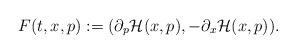
\begin{align*}F(t,x,p):=(\partial_p \mathcal{H}(x,p), -\partial_x \mathcal{H}(x,p)).\end{align*}